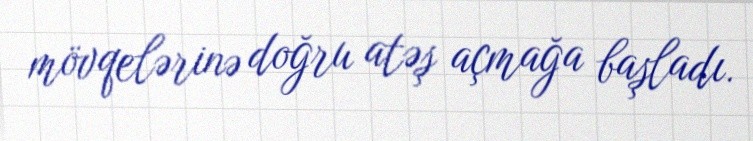
mövqelərinə doğru atəş açmağa başladı.